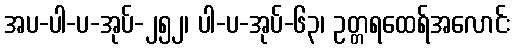
အပ-ပါ-ပ-အုပ်-၂၅၂၊ ပါ-ပ-အုပ်-၆၃၊ ဥတ္တရထေရ်အလောင်း